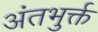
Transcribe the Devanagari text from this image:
अंतभुर्क्त